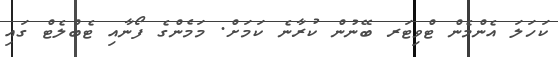
ކަހަލަ އެންމެން ޓްވިޓަރ ބޭނުން ކުރާނެ ކަމަށް. މަމެންގެ ފޯނާއި ޓެބްލެޓް ގައި